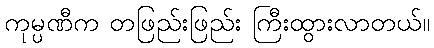
ကုမ္ပဏီက တဖြည်းဖြည်း ကြီးထွားလာတယ်။